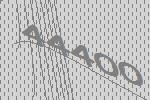
44400